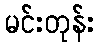
မင်းတုန်း